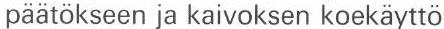
päätökseen ja kaivoksen koekäyttö